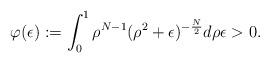
LaTeX: \begin{align*} \varphi(\epsilon):=\int_{0}^{1}\rho^{N-1}(\rho^{2}+\epsilon)^{-\frac{N}{2}} d\rho \epsilon >0 . \end{align*}